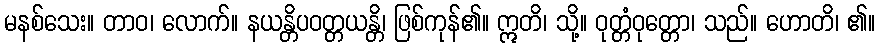
မနစ်သေး။ တာဝ၊ လောက်။ နယန္တိပဝတ္တယန္တိ၊ ဖြစ်ကုန်၏။ ဣတိ၊ သို့။ ဝုတ္တံဝုတ္တော၊ သည်။ ဟောတိ၊ ၏။